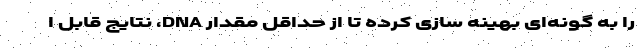
را به گونه‌ای بهینه سازی کرده تا از حداقل مقدار DNA، نتایج قابل ا